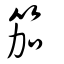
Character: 笳